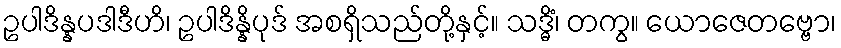
ဥပါဒိန္နပဒါဒီဟိ၊ ဥပါဒိန္နိပုဒ် အစရှိသည်တို့နှင့်။ သဒ္ဓိံ၊ တကွ။ ယောဇေတဗ္ဗော၊